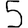
Digit: 5